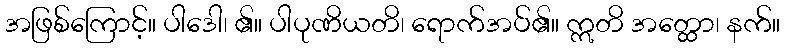
အဖြစ်ကြောင့်။ ပါဒေါ၊ ၏။ ပါပုဏိယတိ၊ ရောက်အပ်၏။ ဣတိ အတ္ထော၊ နက်။